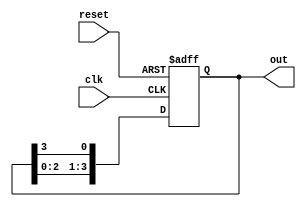
module ring_counter #(parameter n = 4) (
    input wire clk,          // Clock input
    input wire reset,        // Asynchronous reset
    output reg [n-1:0] out   // Output representing the current state
);

    // Initial state of the ring counter
    initial begin
        out = 1'b1; // Start with the first flip-flop set to '1'
    end

    always @(posedge clk or posedge reset) begin
        if (reset) begin
            out <= 1'b1; // Reset to the initial state
        end else begin
            // Shift the '1' to the next position
            out <= {out[n-2:0], out[n-1]}; // Shift left and wrap around
        end
    end

endmodule